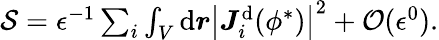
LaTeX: \begin{array}{r}{{\mathcal{S}}=\epsilon^{-1}\sum_{i}\int_{V}\mathrm{d}\boldsymbol{r}\big\vert\boldsymbol{J}_{i}^{\mathrm{d}}(\phi^{*})\big\vert^{2}+\mathcal{O}(\epsilon^{0}).}\end{array}